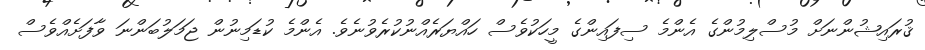
ޤުރައިޝުންނަށް މުސްލިމުންގެ އެންމެ ސިފައިންގެ މީހަކުވެސް ހައްޔަރެއްނުކުރެވުނެވެ. އެންމެ ކުޑަމިނުން ޖަމަލުބަންނަ ވާފަށެއްވެސް